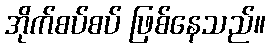
အိုက်စပ်စပ် ဖြစ်နေသည်။